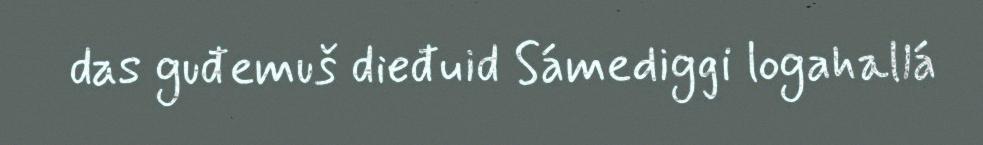
das guđemuš dieđuid Sámediggi logahallá